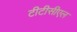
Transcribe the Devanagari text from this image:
टीटीसीएल